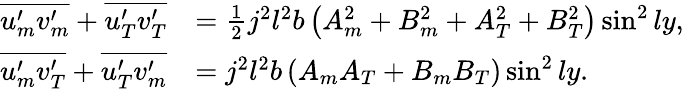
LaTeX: \begin{array}{rl}{\overline{{u_{m}^{\prime}v_{m}^{\prime}}}+\overline{{u_{T}^{\prime}v_{T}^{\prime}}}}&{=\frac{1}{2}j^{2}l^{2}b\left({A_{m}^{2}}+{B_{m}^{2}}+{A_{T}^{2}}+{B_{T}^{2}}\right)\sin^{2}ly,}\\ {\overline{{u_{m}^{\prime}v_{T}^{\prime}}}+\overline{{u_{T}^{\prime}v_{m}^{\prime}}}}&{=j^{2}l^{2}b\left({A_{m}A_{T}}+{B_{m}B_{T}}\right)\sin^{2}ly.}\end{array}